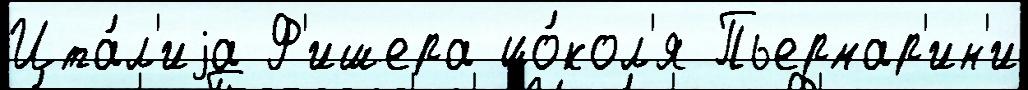
Ита́л'иjа Ф'ишера цо́кол'я Пьермар'ин'и